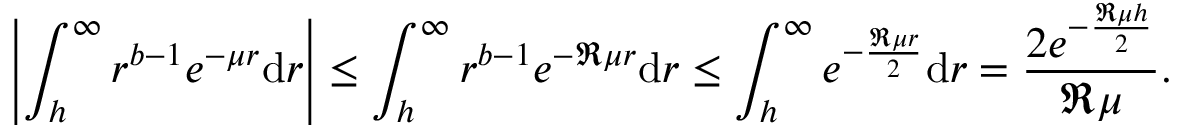
\left| { \int _ { h } ^ { \infty } { { r ^ { b - 1 } } { e ^ { - \mu r } } \mathrm d r } } \right| \le \int _ { h } ^ { \infty } { { r ^ { b - 1 } } { e ^ { - \mathfrak { R } \mu r } } \mathrm d r } \le \int _ { h } ^ { \infty } { { e ^ { - { \frac { \mathfrak { R } \mu r } { 2 } } } } \mathrm d r } = { \frac { 2 { e ^ { - { \frac { \mathfrak { R } \mu h } { 2 } } } } } { \mathfrak { R } \mu } } .